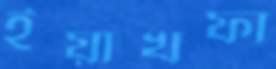
ইয়াখফা